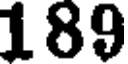
189